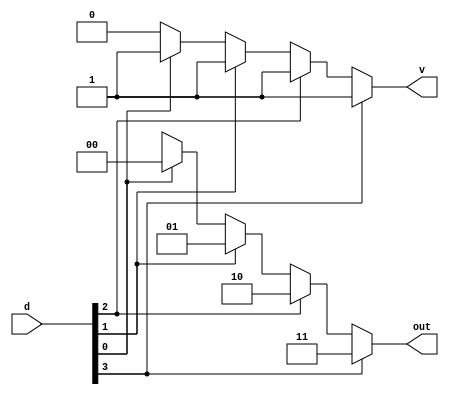
`timescale 1ns / 1ps
//////////////////////////////////////////////////////////////////////////////////
// Company: 
// Engineer: 
// 
// Design Name: 
// Module Name: priority_enc_for_loop
// Project Name: 
// Target Devices: 
// Tool Versions: 
// Description: 
// 
// Dependencies: 
// 
// Revision:
// Revision 0.01 - File Created
// Additional Comments:
// 
//////////////////////////////////////////////////////////////////////////////////
//By Vedant A Sontake(B20EE095)
//Lab-5:Work 3. Write a program to implement a 4 line to 2 line priority encoder using
//a. Casex statements b. For loop

module priority_enc_for_loop(d,out,v);
input [3:0]d;
output reg v;
output reg [1:0]out;
integer k;
always@(d)
    begin
        v=0;
        out=2'bXX;
        for(k=0;k<4;k=k+1)
            if(d[k])
             begin
                v=1;
                out=k;
             end
    end        
endmodule